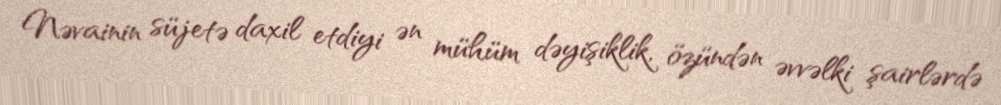
Nəvainin süjetə daxil etdiyi ən mühüm dəyişiklik, özündən əvvəlki şairlərdə